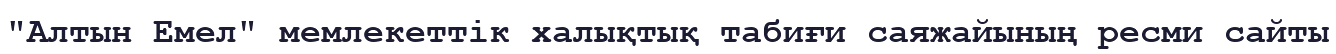
"Алтын Емел" мемлекеттік халықтық табиғи саяжайының ресми сайты